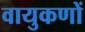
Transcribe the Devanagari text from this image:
वायुकणों